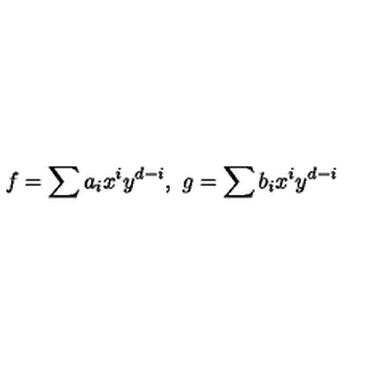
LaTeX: f = \sum a _ { i } x ^ { i } y ^ { d - i } , \ g = \sum b _ { i } x ^ { i } y ^ { d - i }